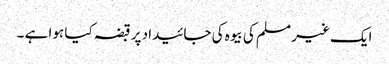
ایک غیر مسلم کی بیوہ کی جائیداد پر قبضہ کیا ہوا ہے ۔